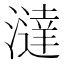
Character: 澾